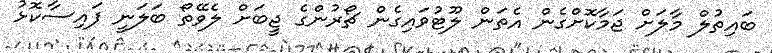
ބައިތުލް މާލަށް ޖަމާކޮށްގެން އެތަަން ލޫޓުވައިގެން ޗޯރުންގެ ޖީބަށް ލެވޭތޯ ބަލަނީ ފައިސާކޮޅު